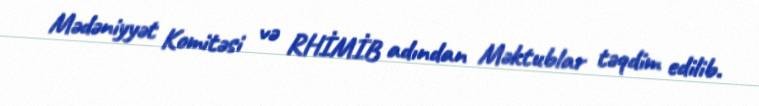
Mədəniyyət Komitəsi və RHİMİB adından Məktublar təqdim edilib.